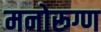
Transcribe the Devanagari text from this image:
मनोरूग्ण